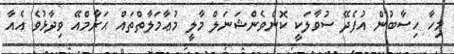
މިހާ ހިސާބުން އުފެދޭ ސުވާލަކީ ކޮންވެންޝަނަލް މާލީ މުޢާމަލާތްތައް ޙަރާމްއޭ ވިދާޅުވެ އެއާ